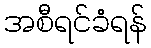
အစီရင်ခံရန်